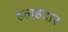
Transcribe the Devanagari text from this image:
हलहदार